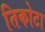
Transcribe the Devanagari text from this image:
तिकोटा